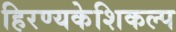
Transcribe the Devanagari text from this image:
हिरण्यकेशिकल्प